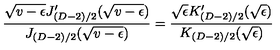
\frac { \sqrt { v - \epsilon } J _ { ( D - 2 ) / 2 } ^ { \prime } ( \sqrt { v - \epsilon } ) } { J _ { ( D - 2 ) / 2 } ( \sqrt { v - \epsilon } ) } = \frac { \sqrt { \epsilon } K _ { ( D - 2 ) / 2 } ^ { \prime } ( \sqrt { \epsilon } ) } { K _ { ( D - 2 ) / 2 } ( \sqrt { \epsilon } ) }